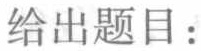
给出题目：